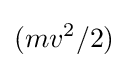
(mv^{2}/2)